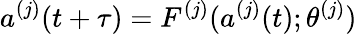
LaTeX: a^{(j)}(t+\tau)=F^{(j)}(a^{(j)}(t);\theta^{(j)})